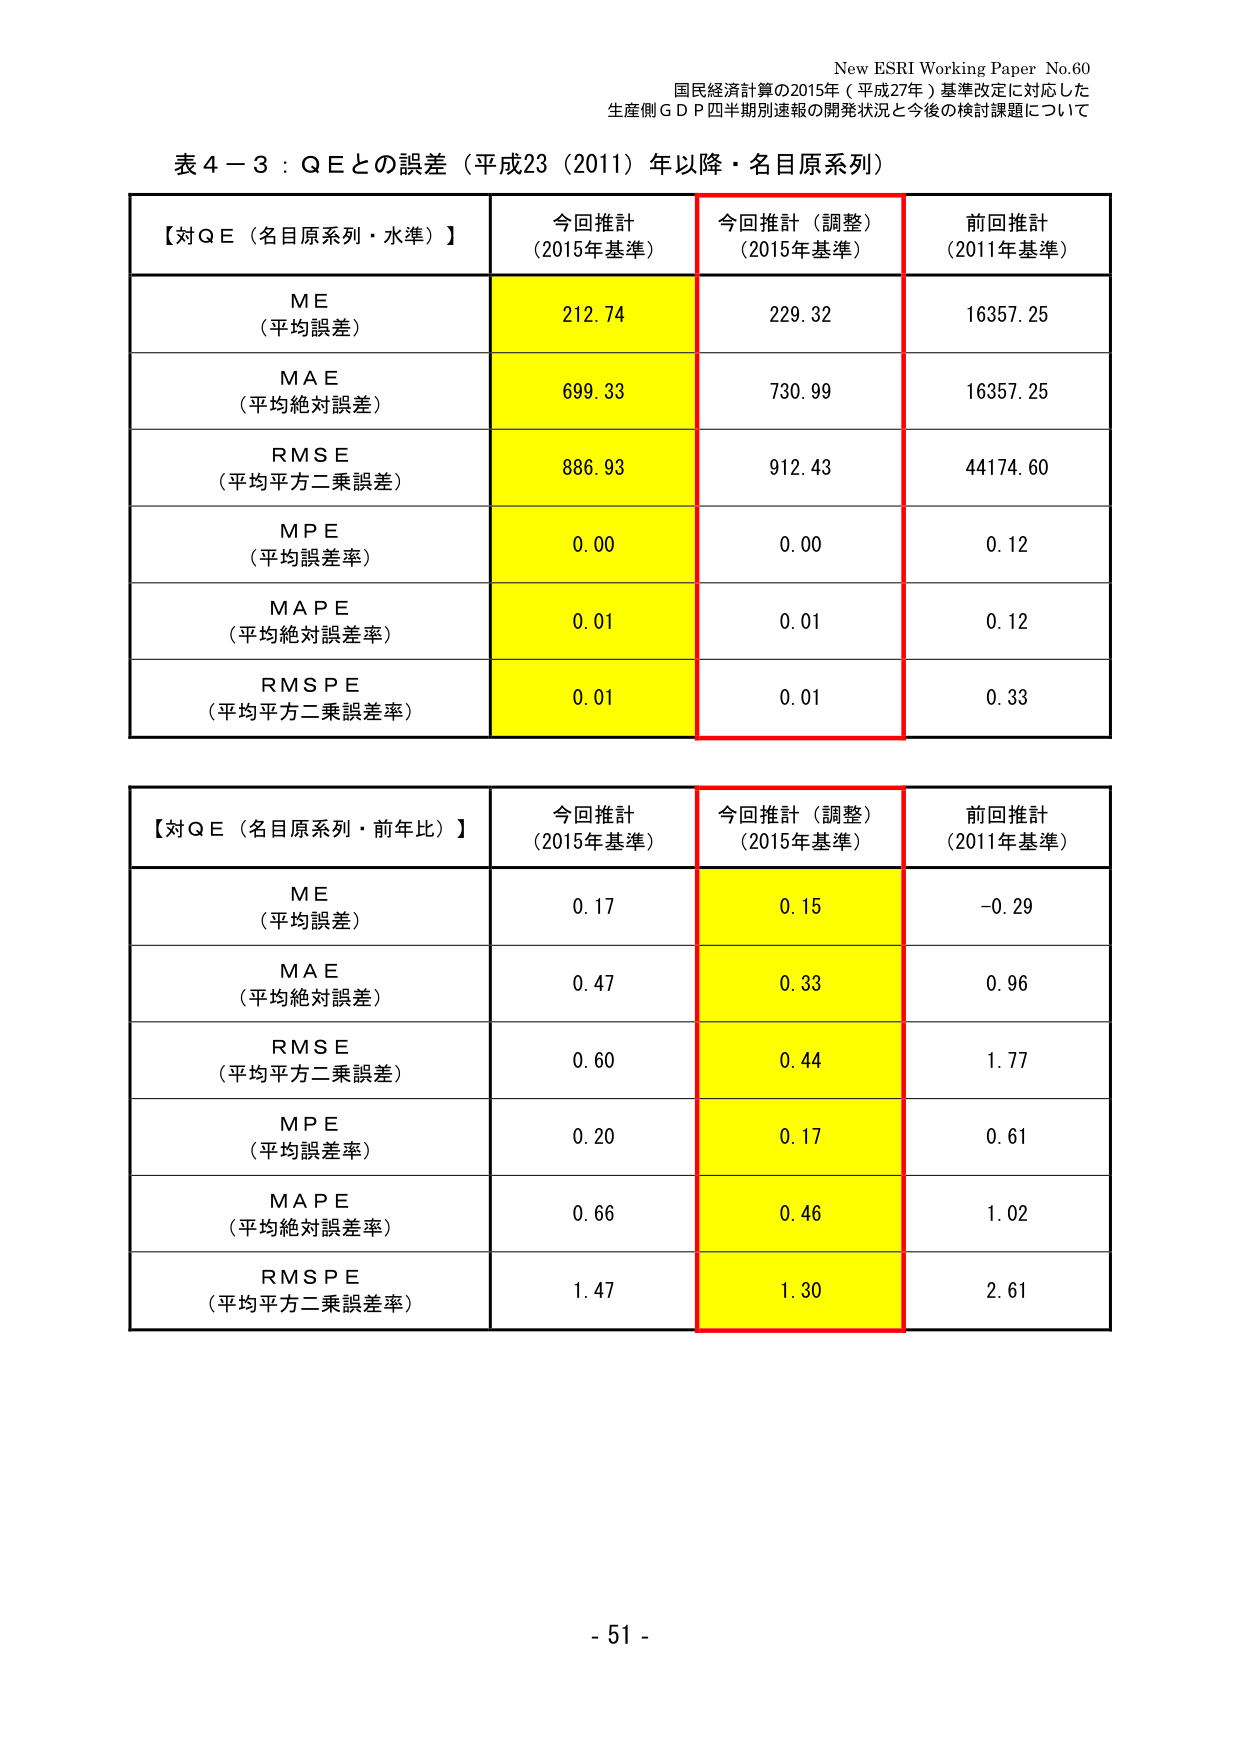
New ESRI Working Paper No.60
国民経済計算の2015年（平成27年）基準改定に対応した
生産側ＧＤＰ四半期別速報の開発状況と今後の検討課題について

表４－３：ＱＥとの誤差（平成23（2011）年以降・名目原系列）

【対ＱＥ（名目原系列・水準）】
今回推計（2015年基準）　今回推計（調整）（2015年基準）　前回推計（2011年基準）
ＭＥ（平均誤差）　　　　　212.74　　　　　　　229.32　　　　　　　16357.25
ＭＡＥ（平均絶対誤差）　　699.33　　　　　　　730.99　　　　　　　16357.25
ＲＭＳＥ（平均平方二乗誤差）　886.93　　　　　　　912.43　　　　　　　44174.60
ＭＰＥ（平均誤差率）　　　0.00　　　　　　　　0.00　　　　　　　　0.12
ＭＡＰＥ（平均絶対誤差率）　0.01　　　　　　　　0.01　　　　　　　　0.12
ＲＭＳＰＥ（平均平方二乗誤差率）　0.01　　　　　　　0.01　　　　　　　0.33

【対ＱＥ（名目原系列・前年比）】
今回推計（2015年基準）　今回推計（調整）（2015年基準）　前回推計（2011年基準）
ＭＥ（平均誤差）　　　　　0.17　　　　　　　　0.15　　　　　　　　-0.29
ＭＡＥ（平均絶対誤差）　　0.47　　　　　　　　0.33　　　　　　　　0.96
ＲＭＳＥ（平均平方二乗誤差）　0.60　　　　　　　　0.44　　　　　　　　1.77
ＭＰＥ（平均誤差率）　　　0.20　　　　　　　　0.17　　　　　　　　0.61
ＭＡＰＥ（平均絶対誤差率）　0.66　　　　　　　　0.46　　　　　　　　1.02
ＲＭＳＰＥ（平均平方二乗誤差率）　1.47　　　　　　　1.30　　　　　　　2.61

- 51 -